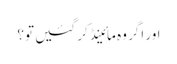
اور اگر وہ مائینڈ کر گئیں تو؟